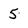
Character: 5